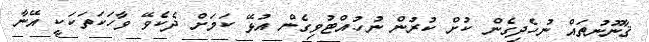
ޤާނޫނުތައް ނުހެދިގެން ކުށް ކުރުން ނުހުއްޓުވިގެން އުޅޭ ކަމަށް ދެކެވޭ ވާހަކަތަކަކީ އޭނާ